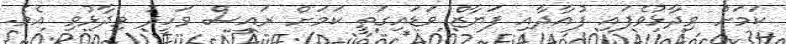
ކަމަށް ވިދާޅުވެފައި ފުއާދާއި ފަޔާޒް ވަޑައިގަތީ ކަމަށް ރައީސް ވަހީދު ވިދާޅުވި އެވެ.